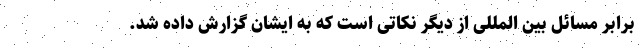
برابر مسائل بین المللی از دیگر نکاتی است که به ایشان گزارش داده شد.